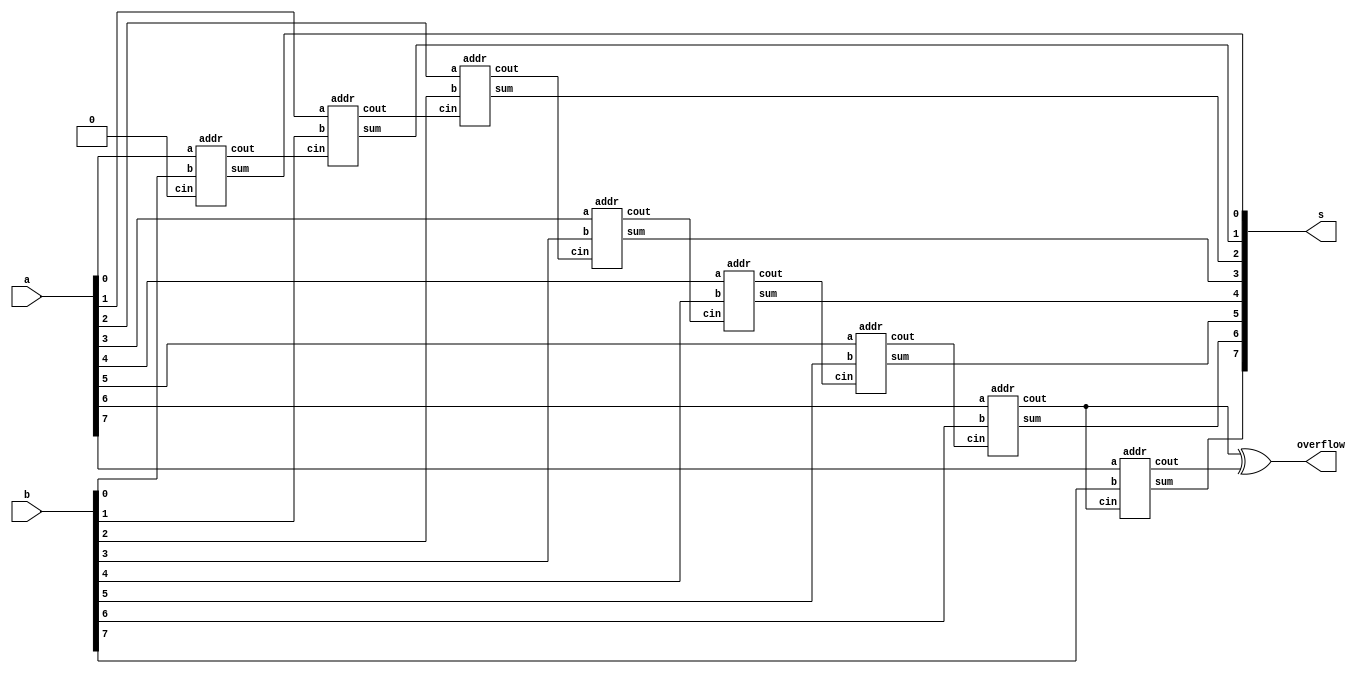
module top_module (
    input [7:0] a,
    input [7:0] b,
    output [7:0] s,
    output overflow
); //
 
    wire [7:0] buff_cout;

    addr instance_0 [7:0] (
        .a(a),
        .b(b),
        .cin( {buff_cout[6:0], 1'b0}),
        .cout(buff_cout),
        .sum(s)
    );
    
    assign overflow = buff_cout[6] ^ buff_cout[7];

endmodule


module addr( 
    input a, b, cin,
    output cout, sum );

    assign sum = a ^ b ^ cin;
    assign cout = (a&b) | (a&cin) | (b&cin);
    
endmodule